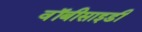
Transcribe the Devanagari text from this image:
वॉबीसाइडी